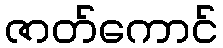
ဇာတ်ကောင်